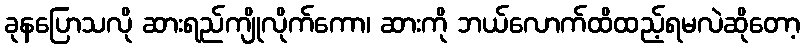
ခုနပြောသလို ဆားရည်ကျိုလိုက်ကော၊ ဆားကို ဘယ်လောက်ထိထည့်ရမလဲဆိုတော့